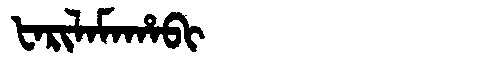
Manchu: ᡶᠠᡵᡳᠯᠠᠮᠠᡥᠠᠪᡳ
Romanization: FARILAMAHABI